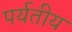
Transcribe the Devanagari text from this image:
पर्यतीय